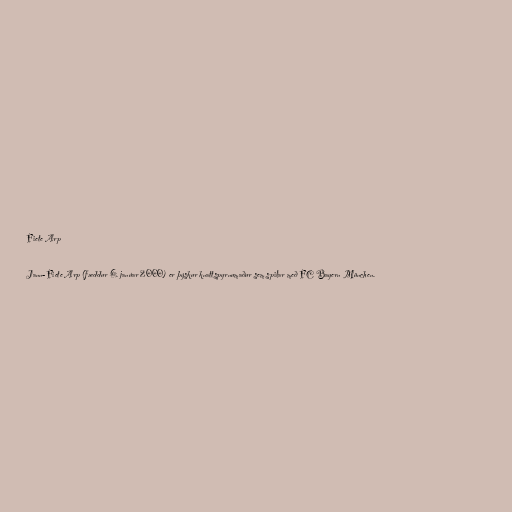
Fiete Arp

Jann-Fiete Arp (fæddur 6. janúar 2000) er þýskur knattspyrnumaður sem spilar með FC Bayern München.